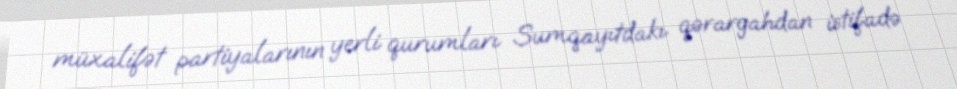
müxalifət partiyalarının yerli qurumları Sumqayıtdakı qərargahdan istifadə